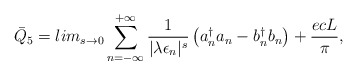
\begin{align*} {\bar Q}_5= lim_{s\rightarrow0}\sum_{n= -\infty}^{+ \infty} \frac{1}{|\lambda \epsilon_n|^s}\left( { a}_n^\dagger { a}_n - { b}_n^\dagger { b}_n \right)+\frac{ecL}{\pi},\end{align*}